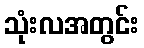
သုံးလအတွင်း